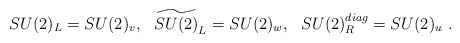
\begin{align*}SU(2)_L=SU(2)_v,~~ \widetilde{SU(2)}_L=SU(2)_w,~~SU(2)_R^{diag}=SU(2)_u \ .\end{align*}